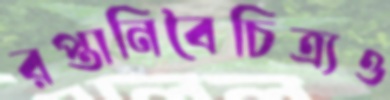
রপ্তানিবৈচিত্র্যও